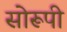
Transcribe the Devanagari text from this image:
सोरूपी